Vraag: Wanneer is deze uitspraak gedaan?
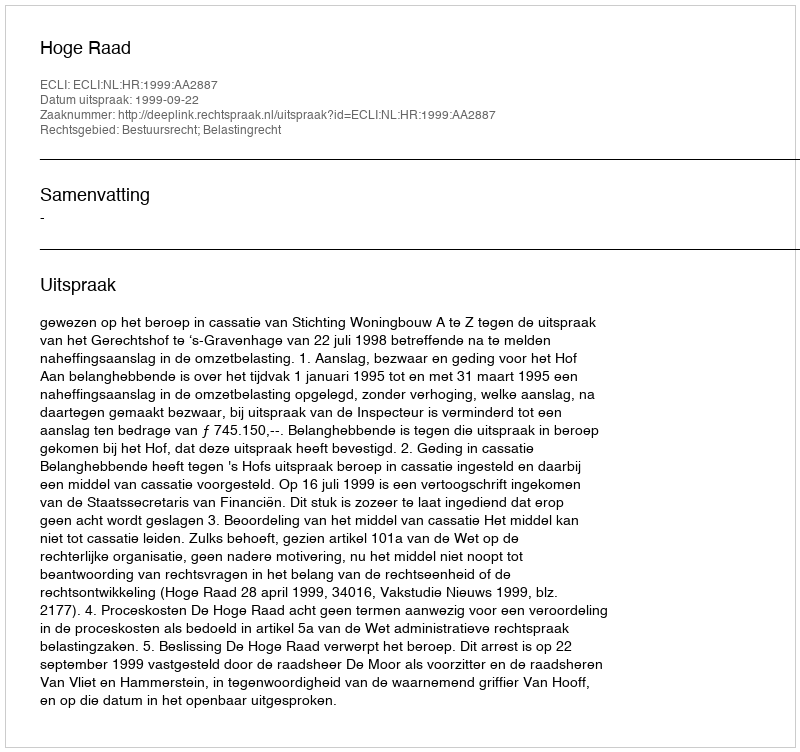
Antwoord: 1999-09-22